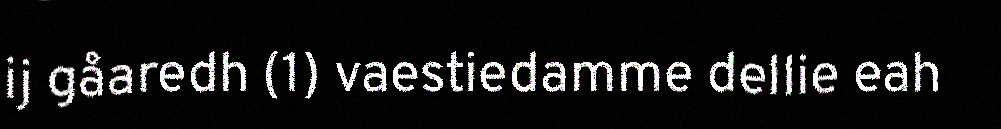
ij gåaredh (1) vaestiedamme dellie eah